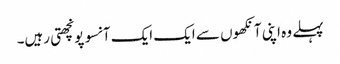
پہلے وہ اپنی آنکھوں سے ایک ایک آنسو پونچھتی رہیں۔